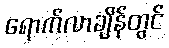
ရောက်လာချိန်တွင်